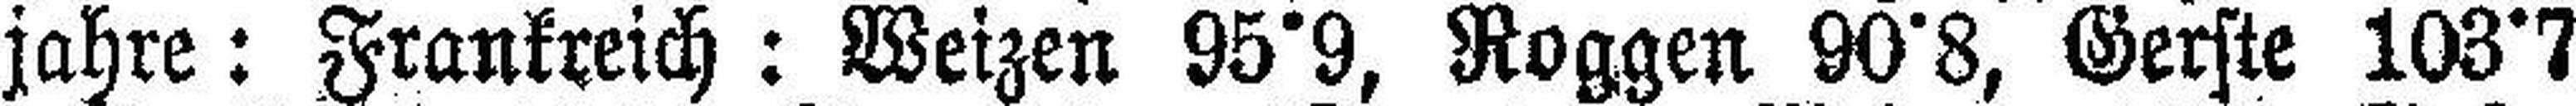
jahre: Frankreich: Weizen 95°9, Roggen 90°8, Gerste 103°7